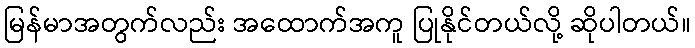
မြန်မာအတွက်လည်း အထောက်အကူ ပြုနိုင်တယ်လို့ ဆိုပါတယ်။